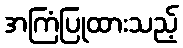
အကြံပြုထားသည့်